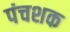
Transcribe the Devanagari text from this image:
पंचशक